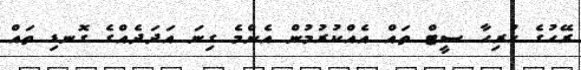
ރޭހުގެ ހުރިހާ ސީޓް ތައް އެއްކުރުމުން އެންމެ ގިނަ އަދަދެއްގެ ގޮނޑި ތައް